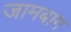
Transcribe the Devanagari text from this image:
जामबाग